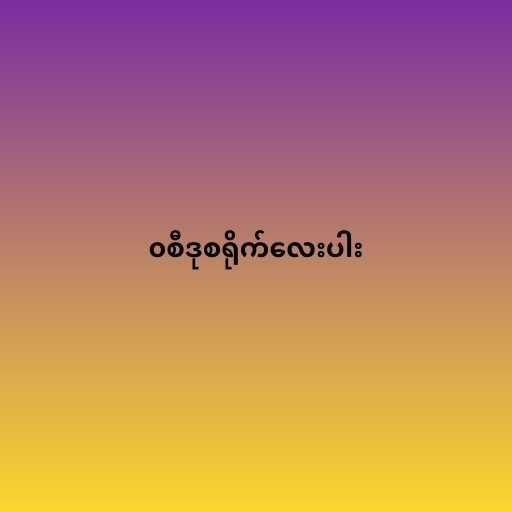
၀စီဒုစရိုက်လေးပါး